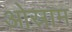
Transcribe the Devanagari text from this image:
ओस्राम